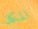
المكان